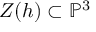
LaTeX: Z ( h ) \subset \mathbb { P } ^ { 3 }